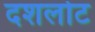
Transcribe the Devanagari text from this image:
दशलोट